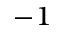
^ { - 1 }